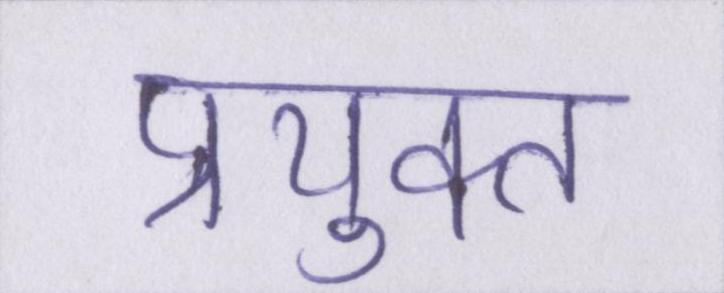
प्रयुक्त